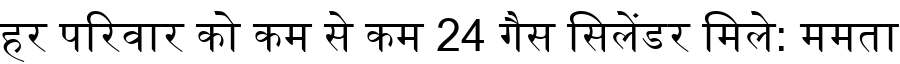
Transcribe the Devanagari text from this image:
हर परिवार को कम से कम 24 गैस सिलेंडर मिले: ममता